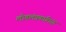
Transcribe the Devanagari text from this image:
लोकतंत्रकामियों